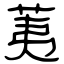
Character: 荑